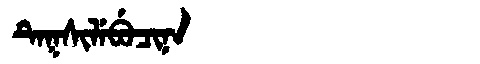
Manchu: ᡨᡝᡴᠰᡳᠯᡝᠪᡠᠴᡳᠨᠠ
Romanization: TEKSILEBUCINA